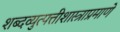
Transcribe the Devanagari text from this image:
शब्दव्युत्पत्तीशास्त्राप्रमाणे